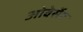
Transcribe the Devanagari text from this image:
ओवेर्सेट